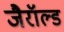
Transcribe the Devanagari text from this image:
जैरॉल्ड